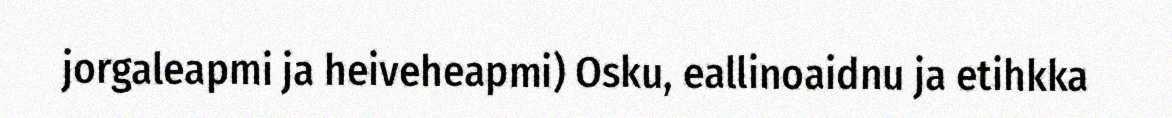
jorgaleapmi ja heiveheapmi) Osku, eallinoaidnu ja etihkka